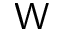
\textsf { W }